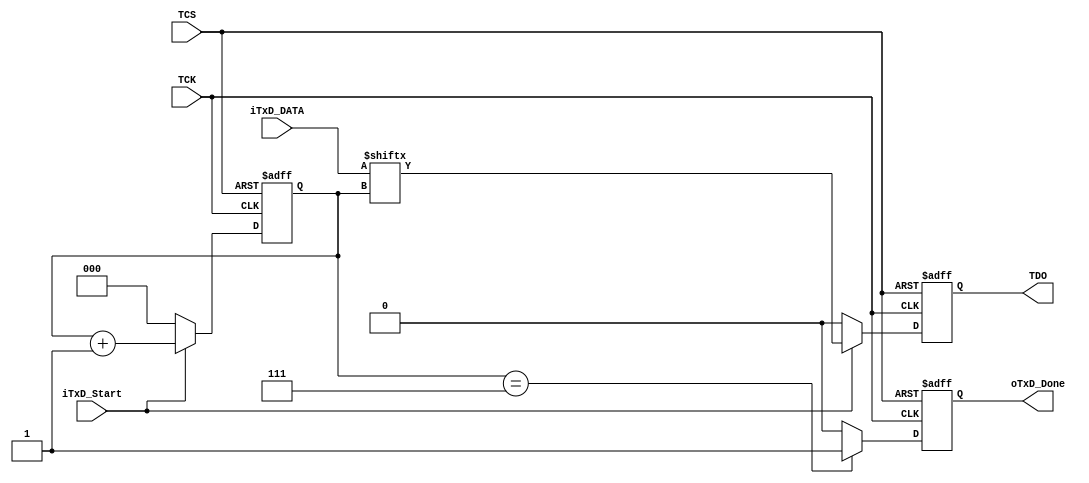
module JTAG_TRANS (
                   iTxD_DATA, iTxD_Start, oTxD_Done,
                   TDO, TCK, TCS);
input       [7:0] iTxD_DATA;
input             iTxD_Start;
output reg        oTxD_Done;
input             TCK, TCS;
output reg        TDO;
reg         [2:0] rCont;
always@(posedge TCK or posedge TCS)
begin
  if (TCS)
  begin
    oTxD_Done   <= 1'b0;
    rCont       <= 3'b000;
    TDO         <= 1'b0;
  end
  else
  begin
    if (iTxD_Start)
    begin
      rCont     <= rCont + 3'b001;
      TDO       <= iTxD_DATA[rCont];
    end
    else
    begin
      rCont     <= 3'b000;
      TDO       <= 1'b0;
    end
    if (rCont == 3'b111)
    begin
      oTxD_Done <= 1'b1;
    end
    else
    begin
      oTxD_Done <= 1'b0;
    end
  end
end
endmodule